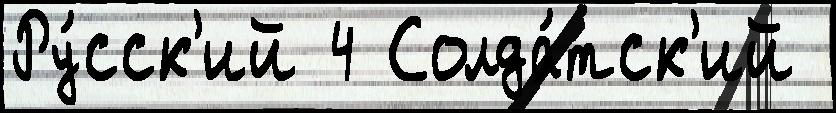
Ру́сск'ий 4 Солда́тск'ий